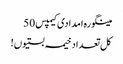
مینگورہ امدادی کیمپس 50
کل تعداد خیمہ بستیوں!